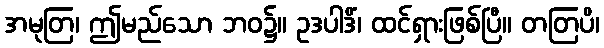
အမုတြ၊ ဤမည်သော ဘဝ၌။ ဥဒပါဒိံ၊ ထင်ရှားဖြစ်ပြီ။ တတြပိ၊